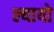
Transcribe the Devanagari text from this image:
ल्यायो